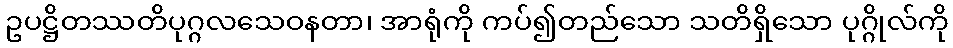
ဥပဋ္ဌိတဿတိပုဂ္ဂလသေဝနတာ၊ အာရုံကို ကပ်၍တည်သော သတိရှိသော ပုဂ္ဂိုလ်ကို